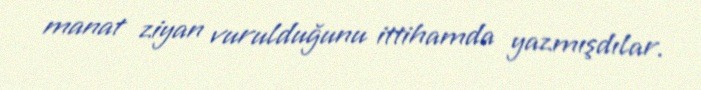
manat ziyan vurulduğunu ittihamda yazmışdılar.